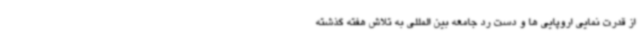
از قدرت نمایی اروپایی ها و دست رد جامعه بین المللی به تلاش هفته گذشته